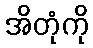
အိတုံကို